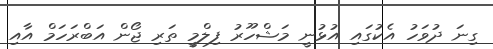
ގިނަ ދުވަހު އެކުގައި އުޅުނީ މަޝްހޫރު ފިލްމީ ތަރި ޖޯން އަބްރަހަމް އާއި